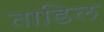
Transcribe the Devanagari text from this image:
ताडिल